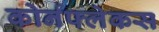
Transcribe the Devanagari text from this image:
कोर्नफ्लेकस